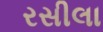
રસીલા